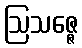
ဩသဇ္ဇေ